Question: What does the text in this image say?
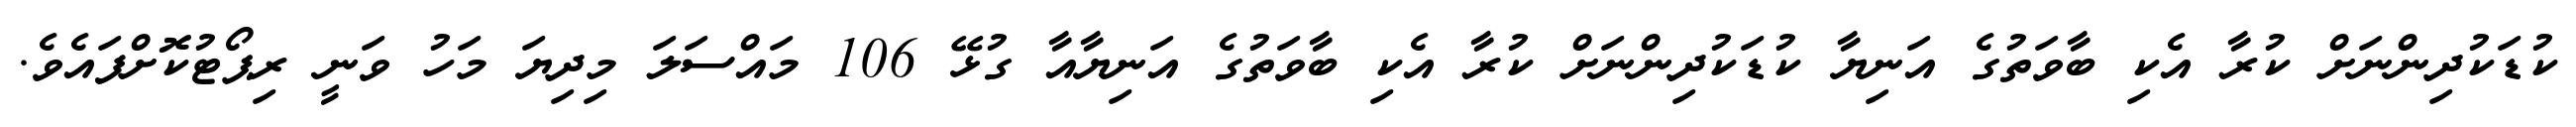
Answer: ކުޑަކުދިންނަށް ކުރާ އެކި ބާވަތުގެ އަނިޔާ ކުޑަކުދިންނަށް ކުރާ އެކި ބާވަތުގެ އަނިޔާއާ ގުޅޭ 106 މައްސަލަ މިދިޔަ މަހު ވަނީ ރިޕޯޓުކޮށްފައެވެ.